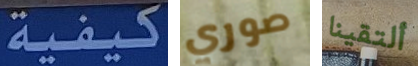
كيفية صوري ألتقينا